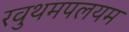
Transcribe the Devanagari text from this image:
रवुथमपलयम